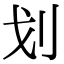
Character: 划